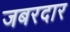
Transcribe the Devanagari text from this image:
जबरदार